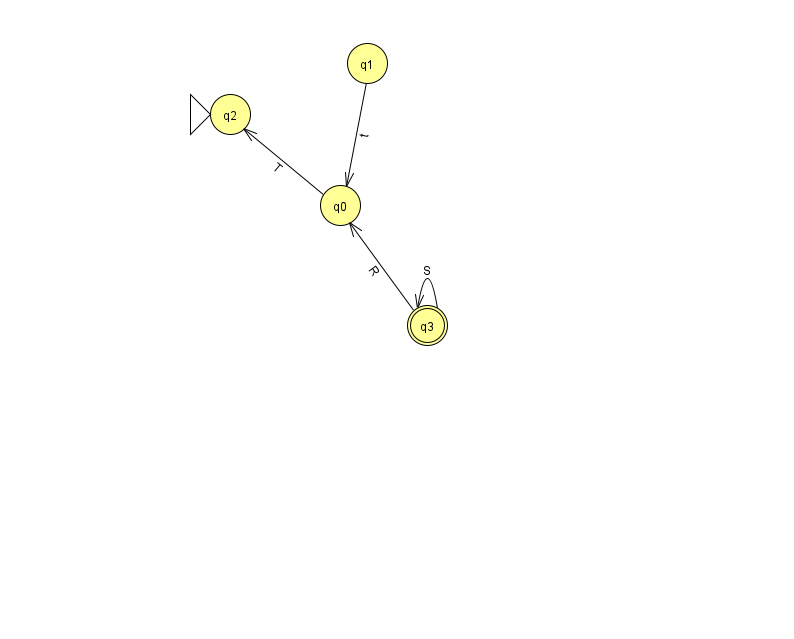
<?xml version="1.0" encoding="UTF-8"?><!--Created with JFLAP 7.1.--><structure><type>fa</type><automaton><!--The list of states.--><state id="0" name="q0"><x>340.0</x><y>192.0</y></state><state id="1" name="q1"><x>367.0</x><y>50.0</y></state><state id="2" name="q2"><x>230.0</x><y>101.0</y><initial/></state><state id="3" name="q3"><x>427.0</x><y>312.0</y><final/></state><!--The list of transitions.--><transition><from>3</from><to>3</to><read>S</read></transition><transition><from>1</from><to>0</to><read>t</read></transition><transition><from>3</from><to>0</to><read>R</read></transition><transition><from>0</from><to>2</to><read>T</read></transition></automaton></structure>